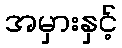
အမှားနှင့်